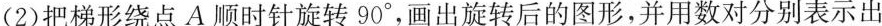
(2)把梯形绕点A顺时针旋转90°，画出旋转后的图形，并用数对分别表示出